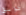
طوابق